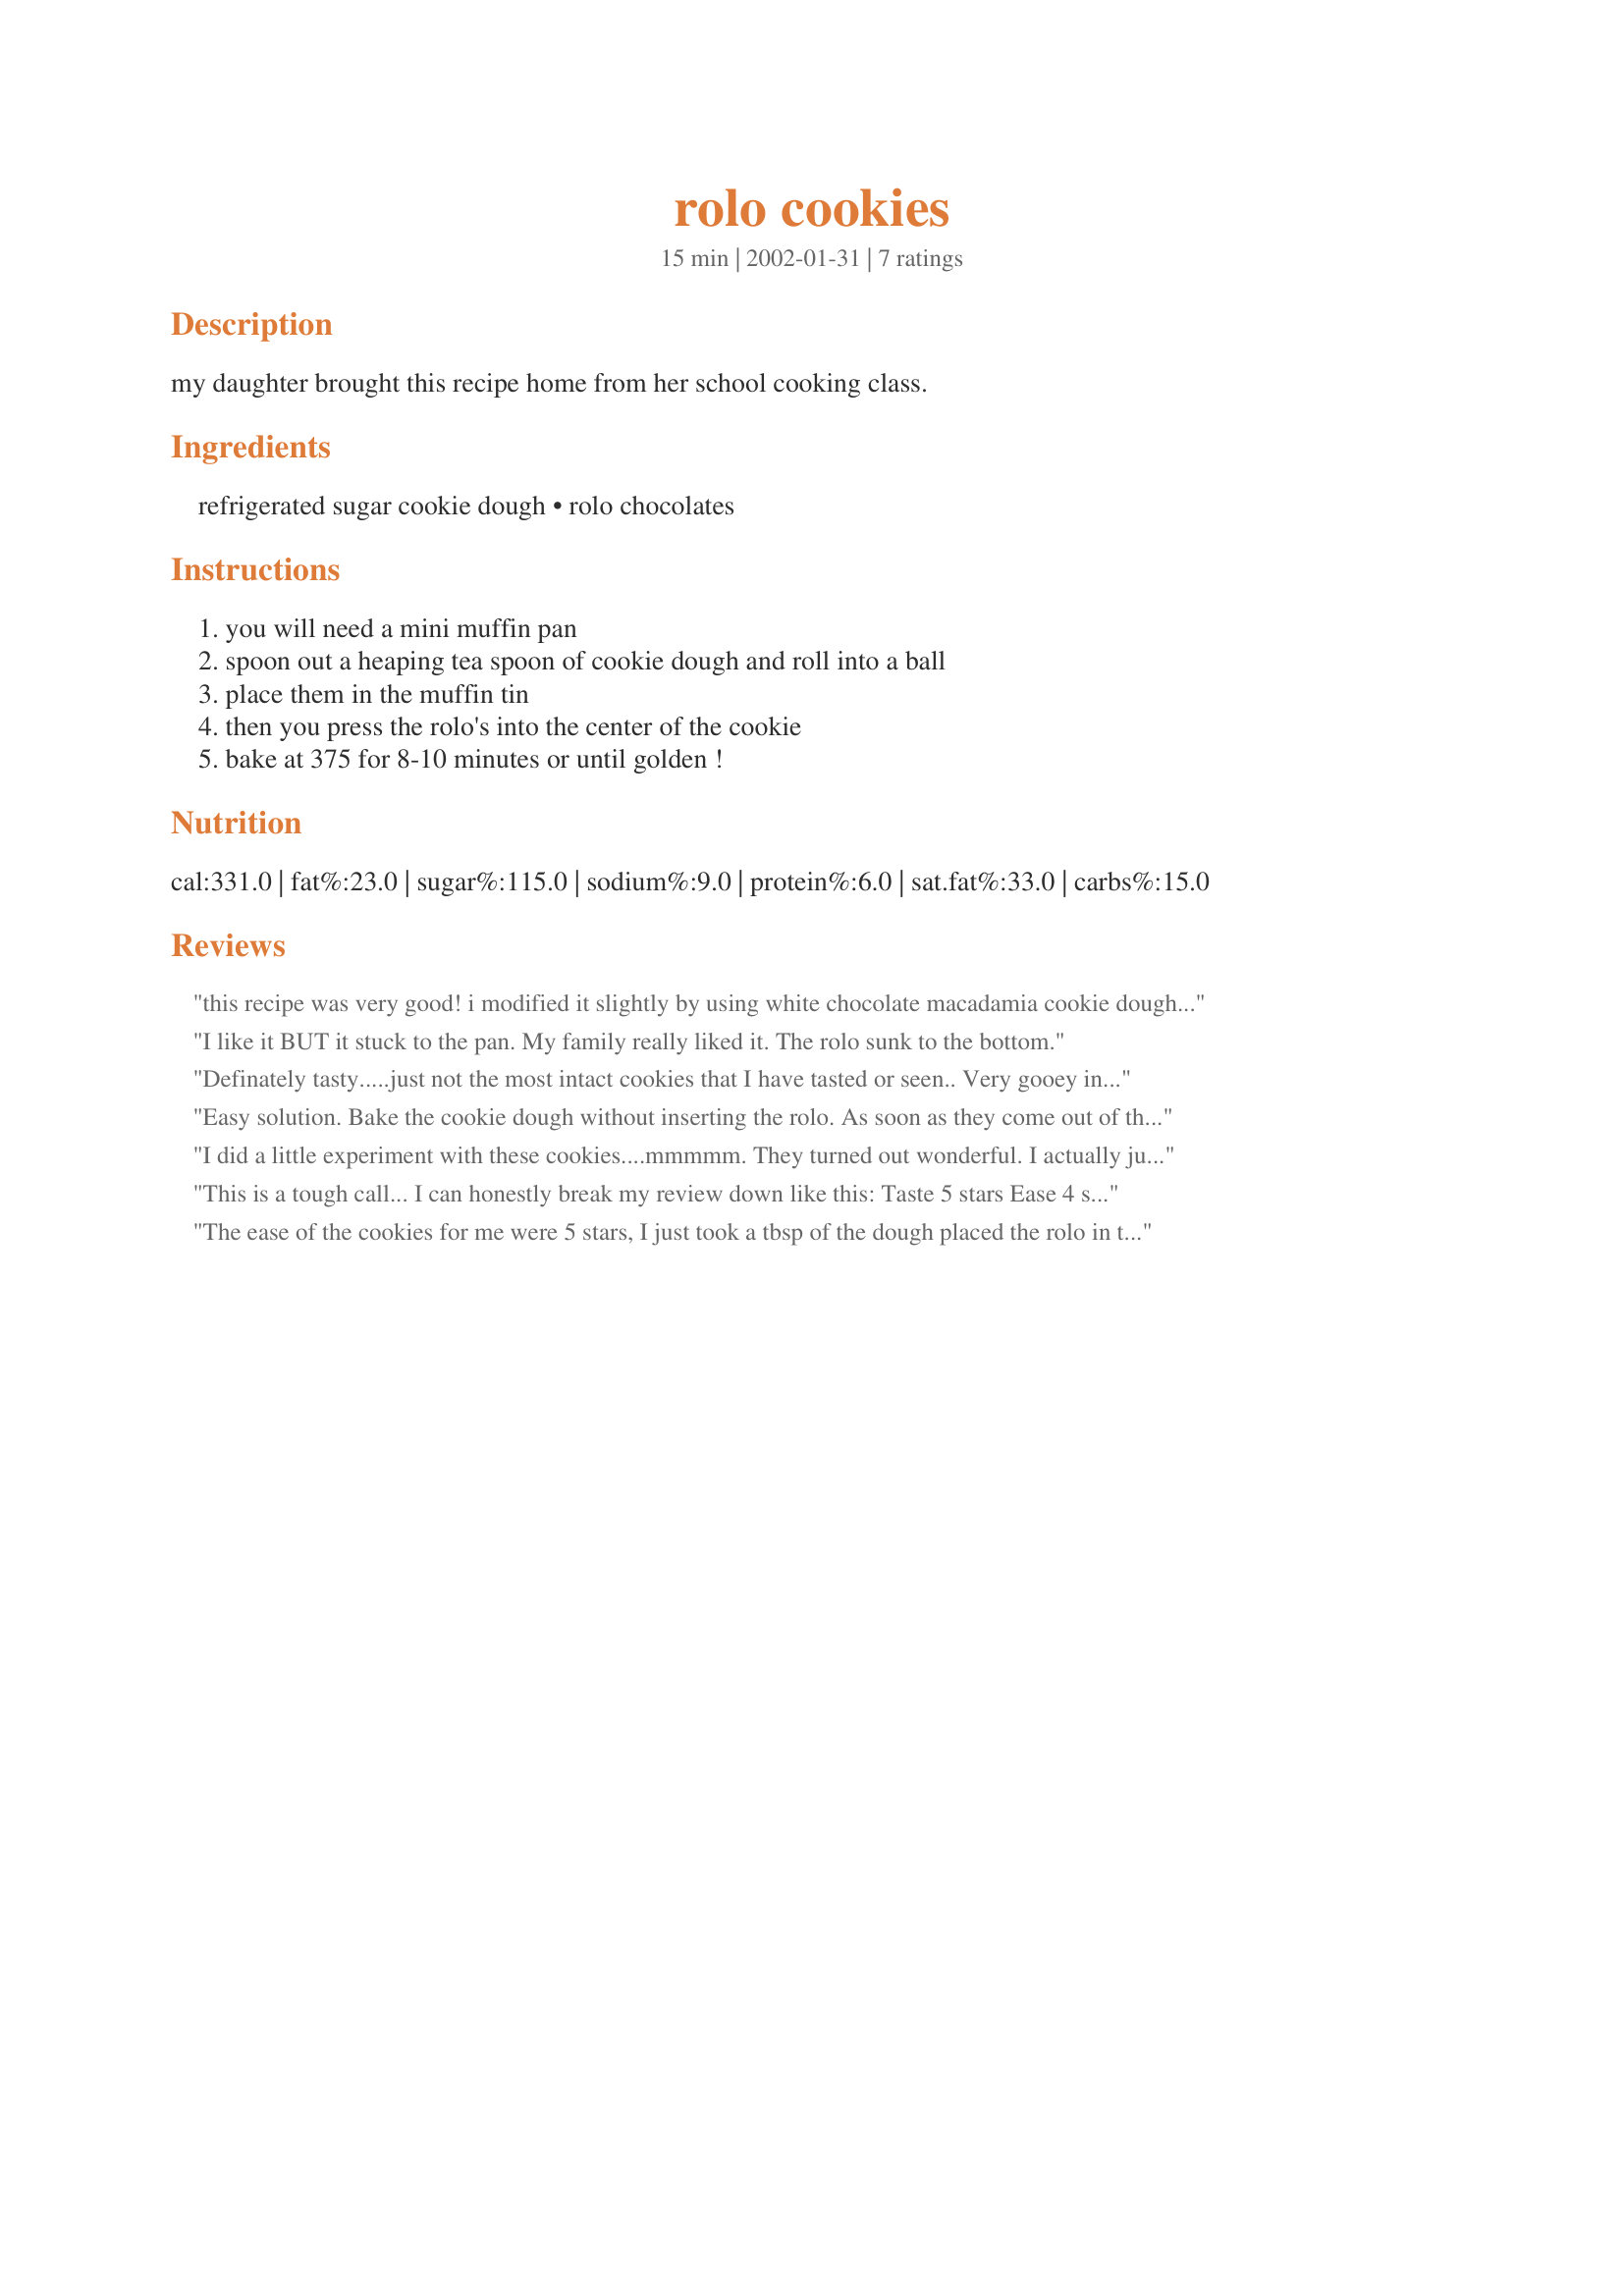
rolo cookies
Preparation time: 15 minutes

my daughter brought this recipe home from her school cooking class.

Ingredients:
refrigerated sugar cookie dough, rolo chocolates

Steps:
you will need a mini muffin pan, spoon out a heaping tea spoon of cookie dough and roll into a ball, place them in the muffin tin, then you press the rolo's into the center of the cookie, bake at 375 for 8-10 minutes or until golden !

Reviews:
this recipe was very good! i modified it slightly by using white chocolate macadamia cookie dough and rolos and chocolate chip dough and reese's peanut butter cups. i made for a friend's grandson's bris and they were a hit!!!
I like it BUT it stuck to the pan. My family really liked it.
The rolo sunk to the bottom.

Definately tasty.....just not the most intact cookies that I have tasted or seen.. Very gooey in the center, and that was being cooked for 12 minutes.
Easy solution. Bake the cookie dough without inserting the rolo. As soon as they come out of the oven sink one rolo into each cookie. The cookies stays together and does the rolo.
I did a little experiment with these cookies....mmmmm. They turned out wonderful. I actually just put my hands in some flour to make the dough more managable in my hands, and rolled the dough around the rolo itself. THen put in on a cookie sheet and let it bake. This made about 3 dozen, if i remember correctly...they were gone too quick! The result was great, and I had friends asking me for the recipe! LOL Thanks for such a simple idea!
This is a tough call...
I can honestly break my review down like this:
 Taste 5 stars
 Ease 4 stars 
 Appearance 1 star
My muffin tin is non-stick, but only 2 came out intact. Intact they looked like a mini-muffin that didn't fully rise. The texture seemed undecided (I know - I'm weird) like it was a conglomeration of a cookie and candy trying to pass off as a muffin! I even tried rolling the dough around the Rolo and baking it on a sheet which helped, but then it just melded together to make a very rich gooey cookie. For ease I only gave it 4 stars because I didn't like having to unwrap the Rolo's! All in all, just not for me but might be good for a youngster to make. Thanks young Dorn for sharing and keep on trying new things - just like your Mom!!!! 

The ease of the cookies for me were 5 stars, I just took a tbsp of the dough placed the rolo in the middle and rolled it into a ball and baked. I didnt like the end result, the caramel center was hard like toffee. I was expecting ooey gooey.Thanks for the recipe.
